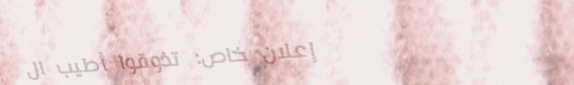
إعلان خاص: تذوقوا أطيب ال